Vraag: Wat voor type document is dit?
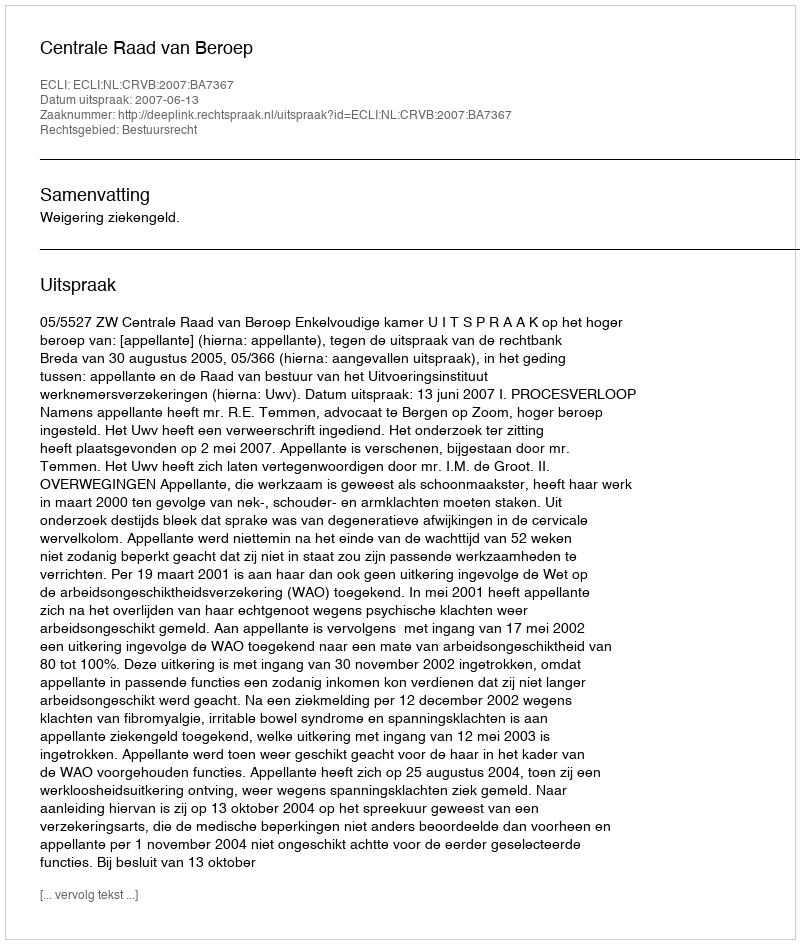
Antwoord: Uitspraak